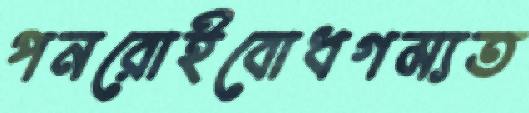
পনরোইবোধগম্যত